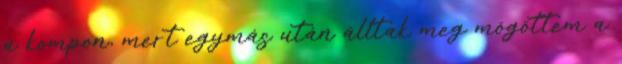
a kompon, mert egymás után álltak meg mögöttem a